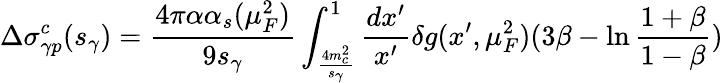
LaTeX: \Delta\sigma_{\gamma p}^{c}(s_{\gamma})={\frac{4\pi\alpha\alpha_{s}(\mu_{F}^{2})}{9s_{\gamma}}}\int_{{\frac{4m_{c}^{2}}{s_{\gamma}}}}^{1}{\frac{dx^{\prime}}{x^{\prime}}}\delta g(x^{\prime},\mu_{F}^{2})(3\beta-\ln{\frac{1+\beta}{1-\beta}})